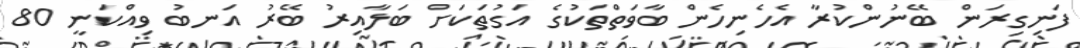
ފަނިގިރަން ބޭނުންކުރާ އެހެނިހެން ބާވަތްތަކުގެ އަގުތަކަށް ބަލާއިރު ބޭރު އަނބު ވިއްކަނީ 80